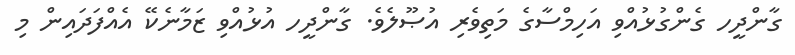
ގާންދީހ ގެންގުޅުއްވި އަހިމްސާގެ މަތިވެރި އުޞޫލެވެ. ގާންދީހ އުޅުއްވި ޒަމާނެކޭ އެއްފަދައިން މި